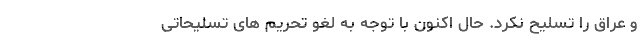
و عراق را تسلیح نکرد. حال اکنون با توجه به لغو تحریم های تسلیحاتی